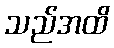
သည်အထိ